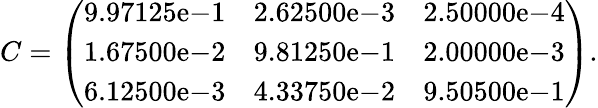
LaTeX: C=\left(\begin{array}{cccc}{9.97125\mathrm{e}{-1}}&{2.62500\mathrm{e-}{3}}&{2.50000\mathrm{e}{-4}}\\ {1.67500\mathrm{e}{-2}}&{9.81250\mathrm{e-}{1}}&{2.00000\mathrm{e}{-3}}\\ {6.12500\mathrm{e}{-3}}&{4.33750\mathrm{e-}{2}}&{9.50500\mathrm{e}{-1}}\end{array}\right).